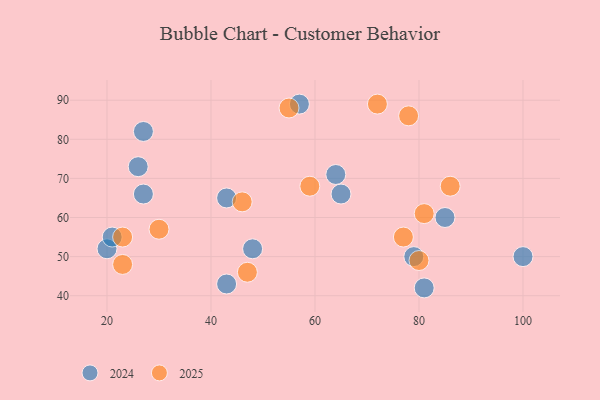
{"axis": {"x": "GDP", "y": "Life Expectancy"}, "legend": ["2024", "2025"], "data": [{"x": "43", "y": 43, "type": "2024"}, {"x": "20", "y": 52, "type": "2024"}, {"x": "27", "y": 82, "type": "2024"}, {"x": "65", "y": 66, "type": "2024"}, {"x": "21", "y": 55, "type": "2024"}, {"x": "26", "y": 73, "type": "2024"}, {"x": "48", "y": 52, "type": "2024"}, {"x": "27", "y": 66, "type": "2024"}, {"x": "64", "y": 71, "type": "2024"}, {"x": "57", "y": 89, "type": "2024"}, {"x": "43", "y": 65, "type": "2024"}, {"x": "81", "y": 42, "type": "2024"}, {"x": "85", "y": 60, "type": "2024"}, {"x": "100", "y": 50, "type": "2024"}, {"x": "79", "y": 50, "type": "2024"}, {"x": "55", "y": 88, "type": "2025"}, {"x": "46", "y": 64, "type": "2025"}, {"x": "81", "y": 61, "type": "2025"}, {"x": "77", "y": 55, "type": "2025"}, {"x": "47", "y": 46, "type": "2025"}, {"x": "23", "y": 48, "type": "2025"}, {"x": "59", "y": 68, "type": "2025"}, {"x": "86", "y": 68, "type": "2025"}, {"x": "80", "y": 49, "type": "2025"}, {"x": "23", "y": 55, "type": "2025"}, {"x": "78", "y": 86, "type": "2025"}, {"x": "72", "y": 89, "type": "2025"}, {"x": "30", "y": 57, "type": "2025"}]}